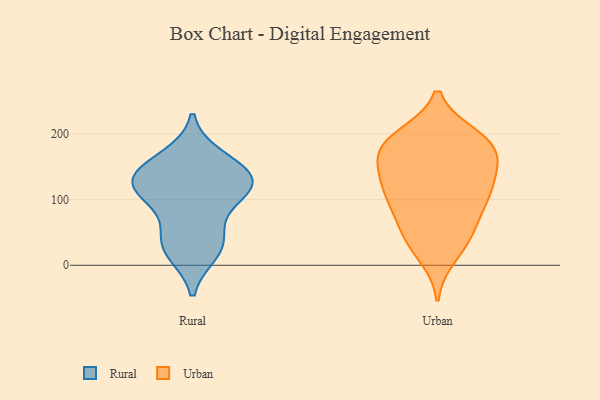
{"axis": {"x": "Headcount", "y": "Value"}, "legend": ["Rural", "Urban"], "data": [{"x": "", "y": 134, "type": "Rural"}, {"x": "", "y": 21, "type": "Rural"}, {"x": "", "y": 33, "type": "Rural"}, {"x": "", "y": 42, "type": "Rural"}, {"x": "", "y": 110, "type": "Rural"}, {"x": "", "y": 145, "type": "Rural"}, {"x": "", "y": 104, "type": "Rural"}, {"x": "", "y": 128, "type": "Rural"}, {"x": "", "y": 163, "type": "Rural"}, {"x": "", "y": 123, "type": "Rural"}, {"x": "", "y": 94, "type": "Urban"}, {"x": "", "y": 14, "type": "Urban"}, {"x": "", "y": 111, "type": "Urban"}, {"x": "", "y": 196, "type": "Urban"}, {"x": "", "y": 48, "type": "Urban"}, {"x": "", "y": 143, "type": "Urban"}, {"x": "", "y": 182, "type": "Urban"}, {"x": "", "y": 166, "type": "Urban"}, {"x": "", "y": 172, "type": "Urban"}, {"x": "", "y": 66, "type": "Urban"}, {"x": "", "y": 31, "type": "Urban"}, {"x": "", "y": 191, "type": "Urban"}, {"x": "", "y": 144, "type": "Urban"}, {"x": "", "y": 197, "type": "Urban"}, {"x": "", "y": 53, "type": "Urban"}, {"x": "", "y": 113, "type": "Urban"}, {"x": "", "y": 184, "type": "Urban"}, {"x": "", "y": 146, "type": "Urban"}, {"x": "", "y": 104, "type": "Urban"}, {"x": "", "y": 108, "type": "Urban"}]}